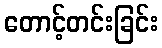
တောင့်တင်းခြင်း